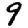
Digit: 9